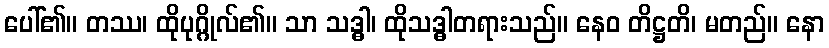
ပေါ်၏။ တဿ၊ ထိုပုဂ္ဂိုလ်၏။ သာ သဒ္ဓါ၊ ထိုသဒ္ဓါတရားသည်။ နေဝ တိဋ္ဌတိ၊ မတည်။ နော